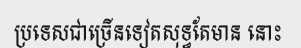
ប្រទេសជាច្រើនទៀតសុទ្ធតែមាន នោះ